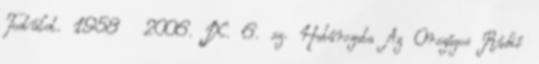
Testület. 1958 2006. IX. 6. sz. Határozata Az Országos Rádió